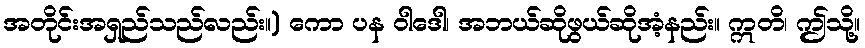
အတိုင်းအရှည်သည်လည်း။) ကော ပန ဝါဒေါ၊ အဘယ်ဆိုဖွယ်ဆိုအံ့နည်း။ ဣတိ၊ ဤသို့။